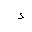
Letter: _hamza